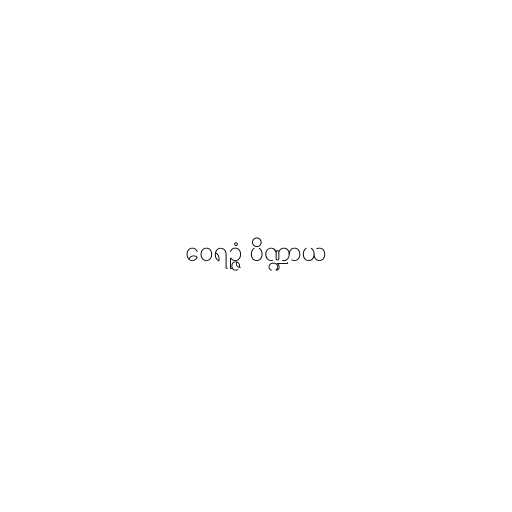
ဝေရဉ္ဇံ ပိဏ္ဍာယ